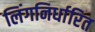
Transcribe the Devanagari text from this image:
लिंगनिर्धारित